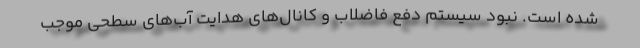
شده است. نبود سیستم‌ دفع فاضلاب و کانال‌های هدایت آب‌های سطحی موجب